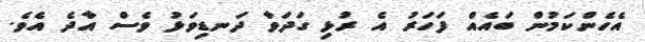
އެހެންކަމުން ބައެއް ފަހަރު އެ ރުޅި ގަދަވާ ދަނޑިވަޅު ވެސް އާދެ އެވެ.